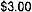
$3.00